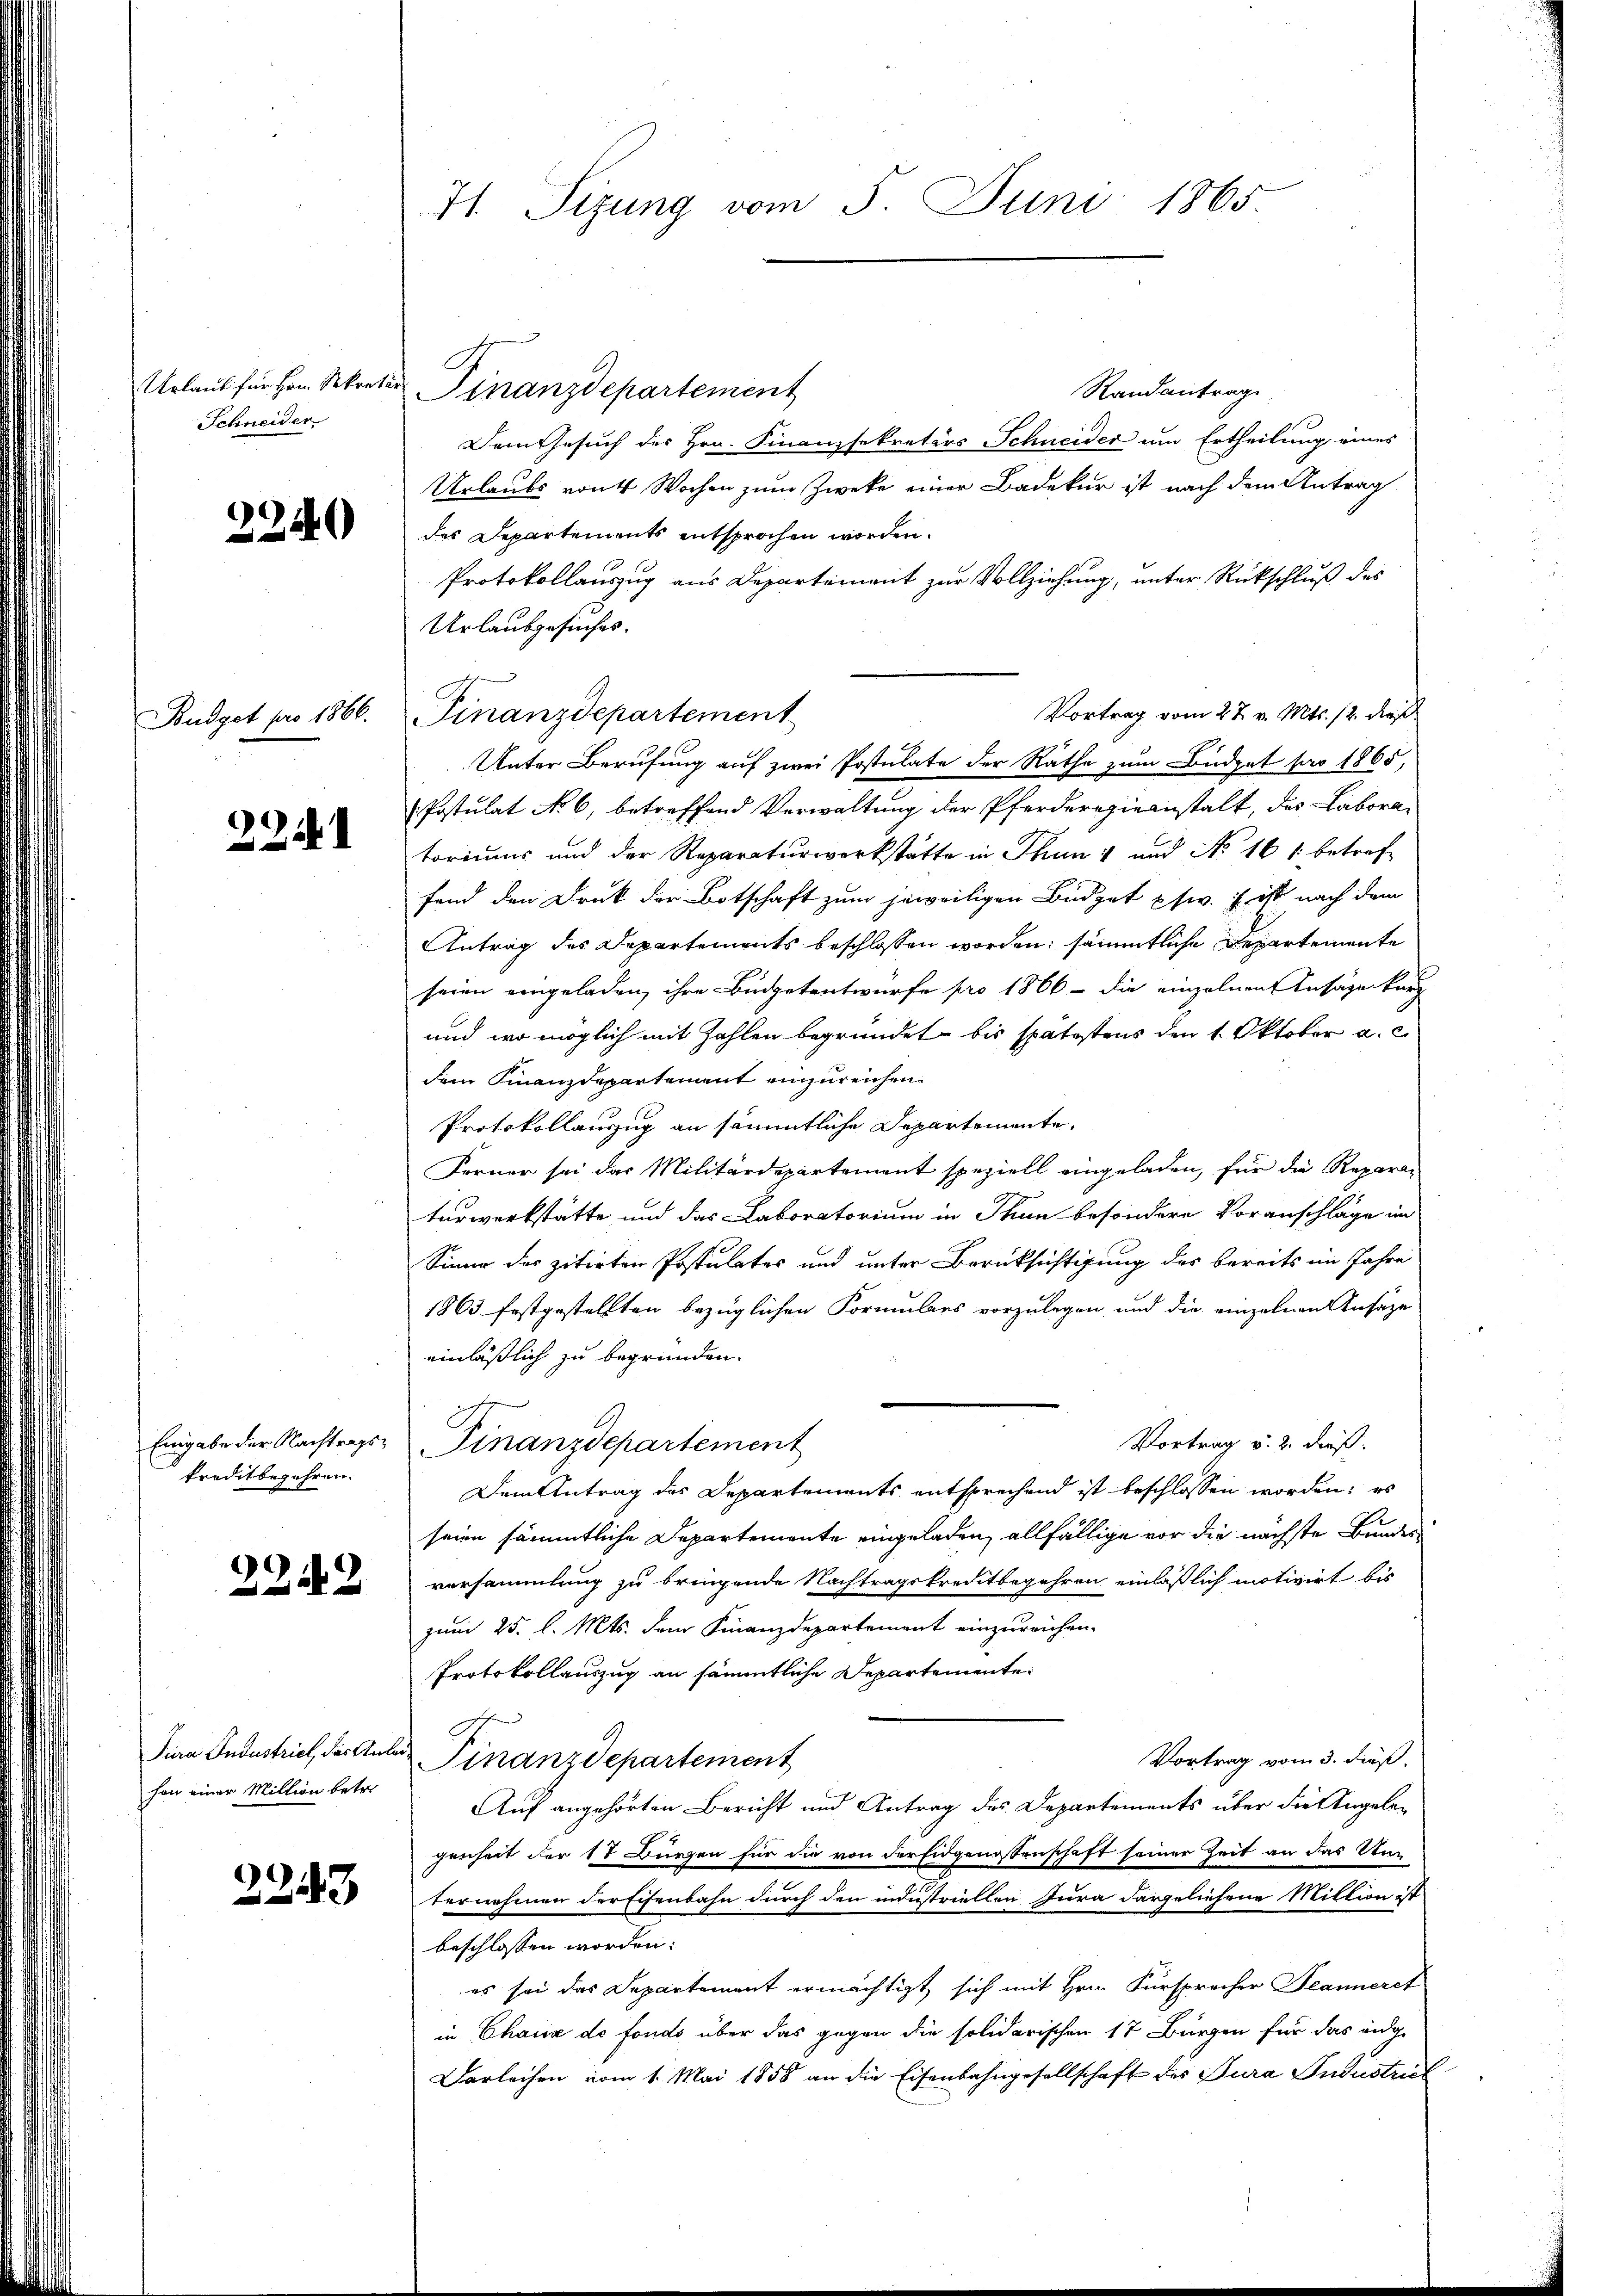
Urlaub für Hrn. Sekret
Schneider

2240)

Budget pro 1866.

224

Eingabe der Nachtragskreditbegehren.

2242

hon einer Million betr.

223

71. Sizung vom 5. Juni 1865.

Randantrage
 Finanzdepartement
Dem Gesuch des Hrn. Finanzsekretärs Schneider um Ertheilung eines
Urlaubs von 4 Wochen zum Zweke einer Badekur ist nach dem Antrag
des Departements entsprochen worden.
Protokollauszug aus Departement zur Vollziehung, unter Rückschluß des
Urlaubgesuches.
Vortrag vom 27. v. Mts. 12. dieß
Finanzdepartement
Unter Berufung auf zwei Postulate der Räthe zum Büdget pro 1865,
Postulat No. 6, betreffend Verwaltung der Pferderegieanstalt, des Laboratoriums und der Reparaturwerkstätte in Thun 1 und No 161 betref
fend den Druck der Botschaft zum jeweiligen Büdget pfw. E ist nach dem
Antrag des Departements beschlossen worden, sämmtliche Departemente
seien eingeladen, ihre Büdgetentwurfe pro 1866 - die einzelnen Ansage kurz
und wo möglich mit Zahlen begründet bis spätestens den 1. Oktober a. c.
dem Finanzdepartement einzureichen.
Protokollauszug an sämmtliche Departemente.
Ferner sei das Militärdepartement speziell eingeladen, für die Reparaturwerkstätte und das Laboratorium in Thun besondere Voranschläge im
Sinne des zitirten Postulates und unter Berücksichtigung des bereits im Jahre
1863 festgestellten bezüglichen Formulars vorzulegen und die einzelnen Ansäze
einläßlich zu begründen.
7
Vortrag v. 2. dieß.
Finanzdepartement
Dem Antrag des Departements entsprechend ist beschlossen worden; es
seien sämmtliche Departemente eingeladen, allfällige vor die nächste Bundes
versammlung zu bringende Nachtragskreditbegehren einläßlich motivirt bis
zum 25. l. Mts. dem Finanzdepartement einzureichen.
Protokollauszug an sämmtliche Departemente
Jura Industrieb, das Ander Finanzdepartement
Vortrag vom 3. dieß.
Auf angehörten Bericht und Antrag des Departements über die Angelegenheit der 17 Bürgen für die von der Eidgenossenschaft seiner Zeit an das Unternehmen der Eisenbahn durch den industriellen Jura dargeliehene Million ist
beschlossen worden:
es sei das Departement ermächtigt sich mit Hrn. Fürsprecher Jeanneret
in Chaux de fonds über das gegen die solidarischen 17 Bürgen für das ange
Darleihen vom 1. Mai 1858 an die Eisenbahngesellschaft des Jura Industriel